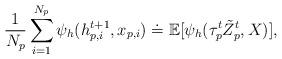
LaTeX: \begin{align*}\frac{1}{N_p}\sum_{i=1}^{N_p}\psi_h(h_{p,i}^{t+1},x_{p,i}) \doteq \mathbb{E}[\psi_h(\tau_{p}^t\tilde{Z}_p^t,X)],\end{align*}